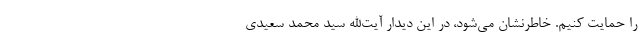
را حمایت کنیم. خاطرنشان می‌شود، در این دیدار آیت‌الله سید محمد سعیدی